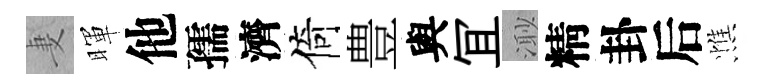
妻暉他孺濟倚豊與冝𣺌精卦后憔